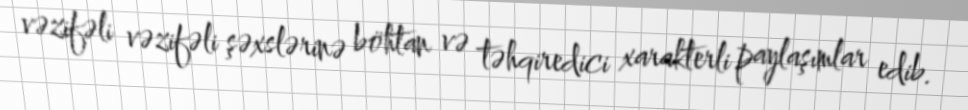
vəzifəli vəzifəli şəxslərinə böhtan və təhqiredici xarakterli paylaşımlar edib.